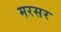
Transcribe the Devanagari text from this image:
मरसर